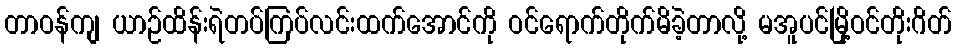
တာဝန်ကျ ယာဉ်ထိန်းရဲတပ်ကြပ်လင်းထက်အောင်ကို ဝင်ရောက်တိုက်မိခဲ့တာလို့ မအူပင်မြို့ဝင်တိုးဂိတ်